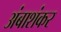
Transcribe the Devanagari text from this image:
अंबाशंकर